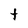
Character: t